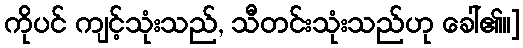
ကိုပင် ကျင့်သုံးသည်, သီတင်းသုံးသည်ဟု ခေါ်၏။]